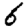
Digit: 6